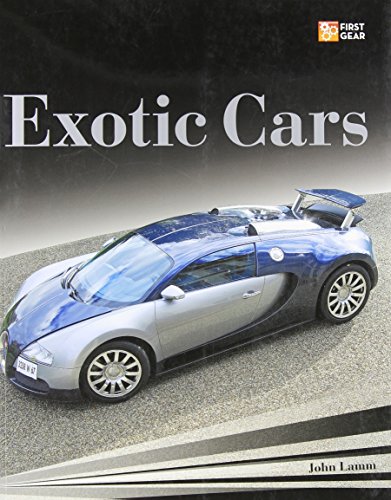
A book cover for Exotic Cars (First Gear); John Lamm; Engineering & Transportation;